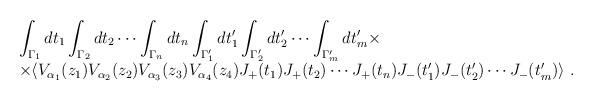
LaTeX: \begin{align*}\begin{array}{rcl}& &\displaystyle\int_{\Gamma_1}dt_1\int_{\Gamma_2}dt_2\cdots\int_{\Gamma_n}dt_n \int_{\Gamma'_1} dt'_1 \int_{\Gamma'_2} dt'_2\cdots \int_{\Gamma'_m} dt'_m\times\\& &\times\langle V_{\alpha_1}(z_1)V_{\alpha_2}(z_2)V_{\alpha_3}(z_3)V_{\alpha_4}(z_4)J_+(t_1) J_+(t_2)\cdots J_+(t_n)J_-(t'_1) J_-(t'_2)\cdots J_-(t'_m) \rangle~.\end{array}\end{align*}